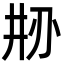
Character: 刱